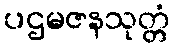
ပဌမဇနသုတ္တံ